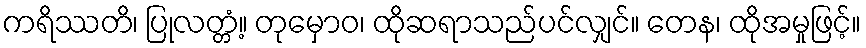
ကရိဿတိ၊ ပြုလတ္တံ့။ တုမှောဝ၊ ထိုဆရာသည်ပင်လျှင်။ တေန၊ ထိုအမှုဖြင့်။